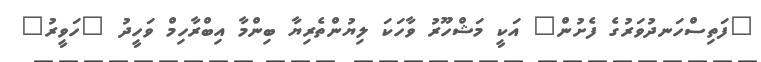
"ފަތިސްހަނދުވަރުގެ ފެށުން" އަކީ މަޝްހޫރު ވާހަކަ ލިޔުންތެރިޔާ ބިންމާ އިބްރާހިމް ވަހީދު "ހަވީރު"